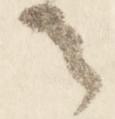
之